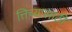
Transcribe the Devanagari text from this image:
त्तिच्यासाठी